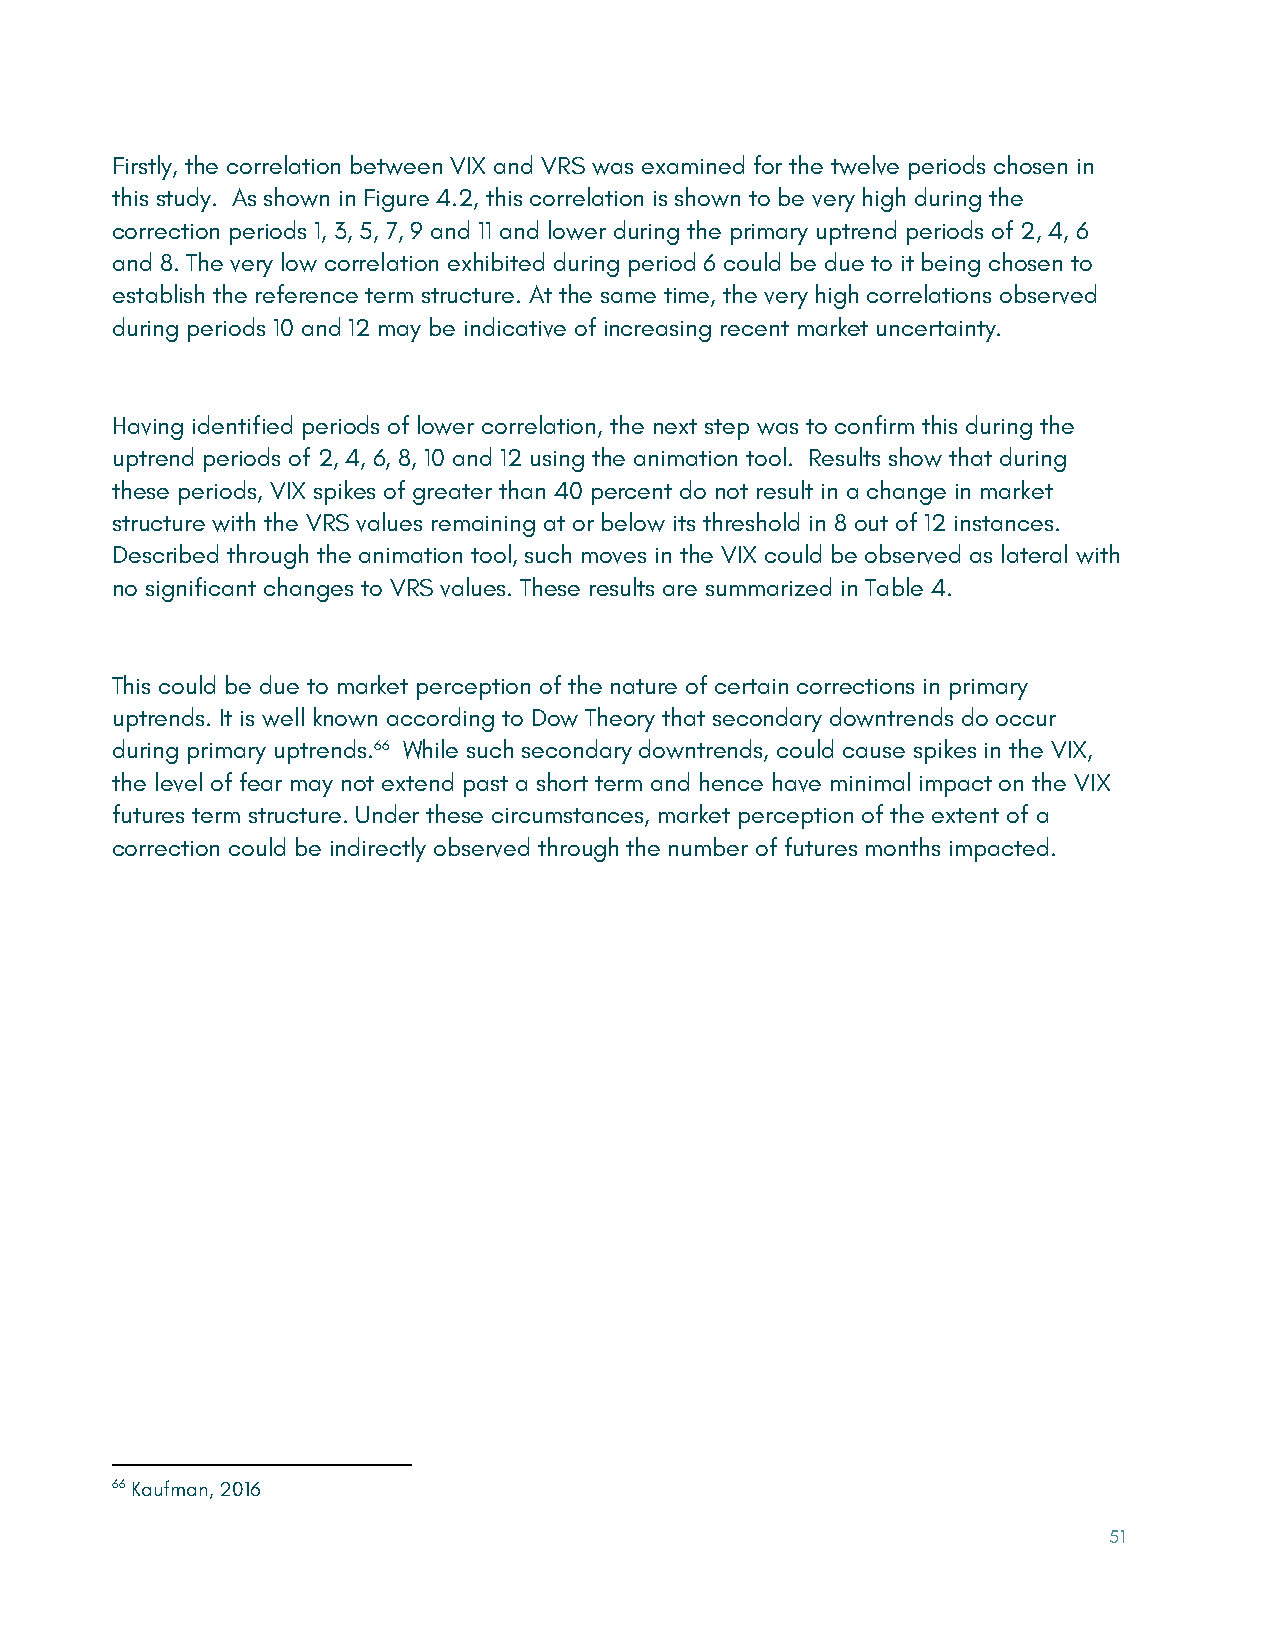
Firstly, the correlation between VIX and VRS was examined for the twelve periods chosen in
 this study. As shown in Figure 4.2, this correlation is shown to be very high during the
 correction periods 1, 3, 5, 7, 9 and 11 and lower during the primary uptrend periods of 2, 4, 6
 and 8. The very low correlation exhibited during period 6 could be due to it being chosen to
 establish the reference term structure. At the same time, the very high correlations observed
 during periods 10 and 12 may be indicative of increasing recent market uncertainty.
 Having identified periods of lower correlation, the next step was to confirm this during the
 uptrend periods of 2, 4, 6, 8, 10 and 12 using the animation tool. Results show that during
 these periods, VIX spikes of greater than 40 percent do not result in a change in market
 structure with the VRS values remaining at or below its threshold in 8 out of 12 instances.
 Described through the animation tool, such moves in the VIX could be observed as lateral with
 no significant changes to VRS values. These results are summarized in Table 4.
 This could be due to market perception of the nature of certain corrections in primary
 uptrends. It is well known according to Dow Theory that secondary downtrends do occur
 during primary uptrends.66 While such secondary downtrends, could cause spikes in the VIX,
 the level of fear may not extend past a short term and hence have minimal impact on the VIX
 futures term structure. Under these circumstances, market perception of the extent of a
 correction could be indirectly observed through the number of futures months impacted.
 66 Kaufman, 2016
 51